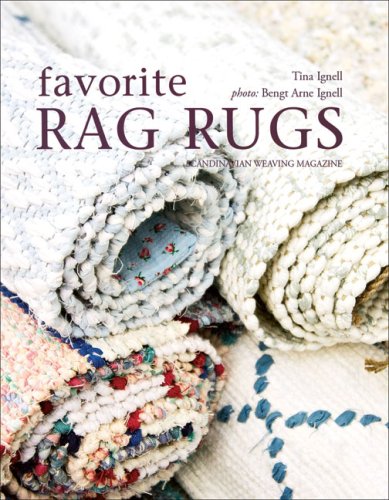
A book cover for Favorite Rag Rugs; Tina Ignell; Crafts, Hobbies & Home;